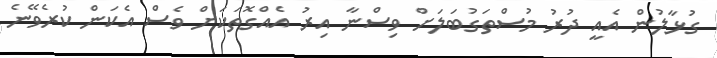
ގުޅާލުން އެއީ ދުރު މުސްތަގުބަލަށް ވިސްނާ އިރު އެއްގޮތަކަށް ވެސް އެކަން ކުރެވޭނެ